Vaccination in Bombay 1863-1868 - 1863-1868
Year: 1863
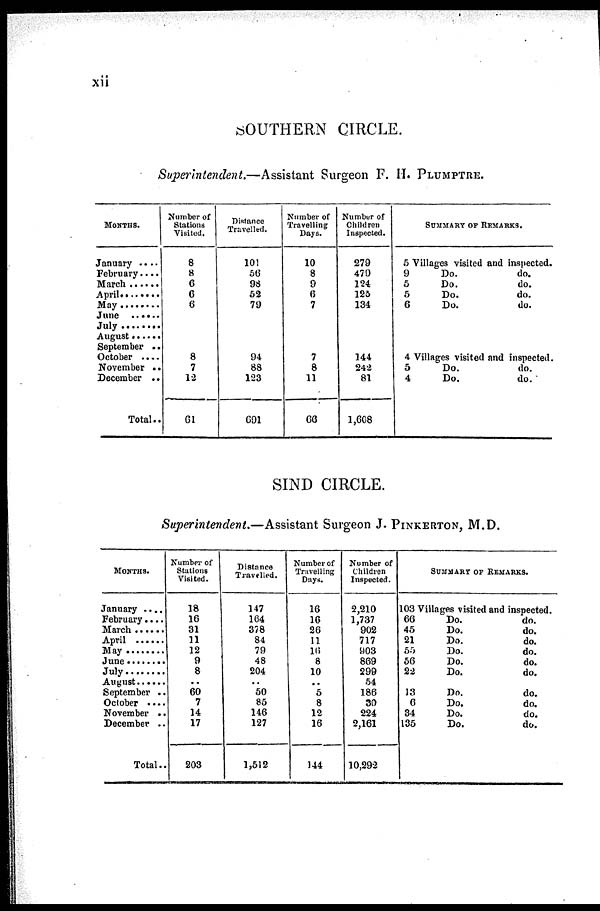
xii
SOUTHERN CIRCLE.
Superintendent.—Assistant Surgeon F. H. PLUMPTRE.
MONTHS.
January ....
February....
March .....
April ........
May .........
June .........
July .........
August ........
September ..
October
November ..
December ..
Total..
Number of
Stations
Visited.
8
8
6
6
6
8
7
12
61
Distance
Travelled.
101
56
98
52
79
94
88
123
691
Number of
Travelling
Days.
10
8
9
6
7
7
8
11
66
Number of
Children
Inspected.
279
479
124
125
134
144
242
81
1,608
SUMMARY OF REMARKS.
5 Villages visited and inspected.
9
Do.
do.
5
Do.
do.
5
Do.
do.
6
Do.
do.
4 Villages visited and inspected.
5
Do.
do.
4
Do.
do.
SIND CIRCLE.
Superintendent.—Assistant Surgeon J. PINKERTON, M.D.
MONTHS.
January ....
February....
March .....
April .......
May ........
June ........
July ........
August .....
September ..
October ....
November ..
December ..
Total..
Number of
Stations
Visited.
18
16
31
11
12
9
8
..
60
7
14
17
203
Distance
Travelled.
147
164
378
84
79
48
204
..
50
85
146
127
1,512
Number of
Travelling
Days.
16
16
26
11
16
8
10
..
5
8
12
16
144
Number of
Children
Inspected.
2,210
1,737
902
717
903
869
299
54
186
30
224
2,161
10,292
SUMMARY OF REMARKS.
103 Villages visited and inspected.
66
Do.
do.
45
Do.
do.
21
Do.
do.
55
Do.
do.
56
Do.
do.
22
Do.
do.
13
Do.
do.
6
Do.
do.
34
Do.
do.
135
Do.
do.